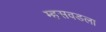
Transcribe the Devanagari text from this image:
म्हसवडला